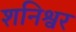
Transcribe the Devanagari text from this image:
शनिश्वर